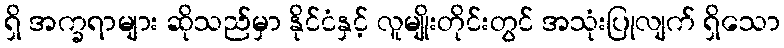
ရှိ အက္ခရာများ ဆိုသည်မှာ နိုင်ငံနှင့် လူမျိုးတိုင်းတွင် အသုံးပြုလျက် ရှိသော